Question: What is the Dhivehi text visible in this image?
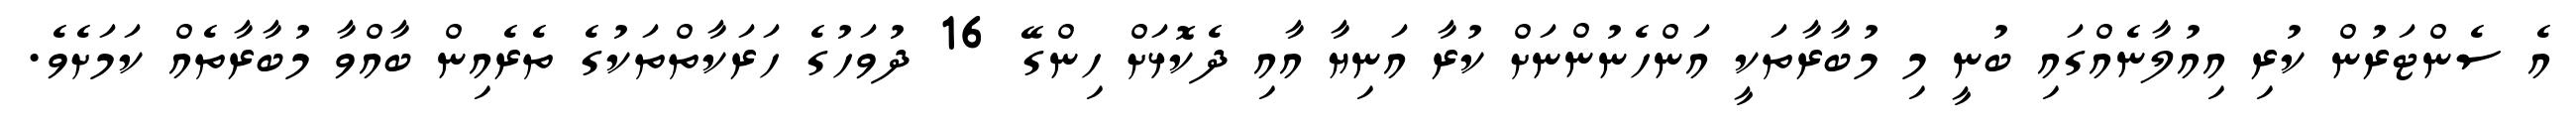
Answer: އެ ސެންޓަރުން ކުރި އިއުލާނެއްގައި ބުނީ މި މުބާރާތަކީ އަންހެނުންނަށް ކުރާ އަނިޔާ އާއި ދެކޮޅަށް ހިންގޭ 16 ދުވަހުގެ ހަރަކާތްތަކުގެ ތެރެއިން ބާއްވާ މުބާރާތެއް ކަމަށެވެ.